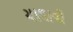
ચાલાવી